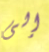
إلى